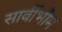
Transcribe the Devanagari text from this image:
सार्वीभौम